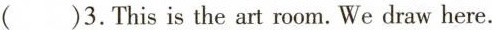
()3.This is the art room. We draw here.